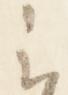
云